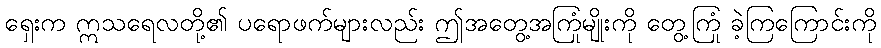
ရှေးက ဣသရေလတို့၏ ပရောဖက်များလည်း ဤအတွေ့အကြုံမျိုးကို တွေ့ကြုံ ခဲ့ကြကြောင်းကို